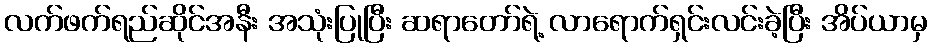
လက်ဖက်ရည်ဆိုင်အနီး အသုံးပြုပြီး ဆရာတော်ရဲ့ လာရောက်ရှင်းလင်းခဲ့ပြီး အိပ်ယာမှ